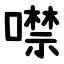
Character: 噤